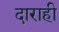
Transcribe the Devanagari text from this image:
दाराही